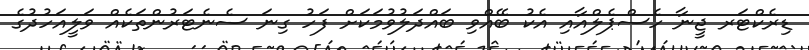
ޑިރެކްޓަރ ޖީނާ ހެސްޕެލްއާއި އެކު ބޭއްވި ބައްދަލުވުމަކަށް ފަހު ގިނަ ސެނެޓަރުންތަކެއް ވަލީއަހުދުގެ